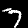
Digit: 7